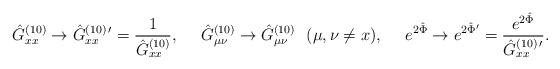
\begin{align*}\hat{G}^{(10)}_{xx}\to \hat{G}^{(10)\,\prime}_{xx}={1\over{\hat{G}^{(10)}_{xx}}}, \ \ \ \ \hat{G}^{(10)}_{\mu\nu}\to \hat{G}^{(10)}_{\mu\nu}\ \ (\mu,\nu \neq x),\ \ \ \ e^{2\hat{\Phi}}\to e^{2\hat{\Phi}^{\prime}}={{e^{2\hat{\Phi}}}\over {\hat{G}^{(10)\,\prime}_{xx}}}.\end{align*}